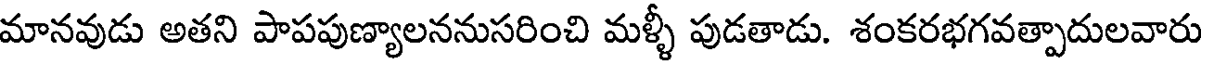
మానవుడు అతని పాపపుణ్యాలననుసరించి మళ్ళీ పుడతాడు. శంకరభగవత్పాదులవారు